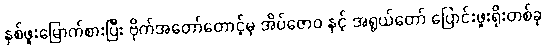
နှစ်ဖူးမြောက်စားပြီး ဗိုက်အတော်တောင့်မှ အိပ်ဇောဝ နှင့် အရွယ်တော် ပြောင်းဖူးရိုးတစ်ခု